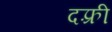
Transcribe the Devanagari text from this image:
दफ़्री